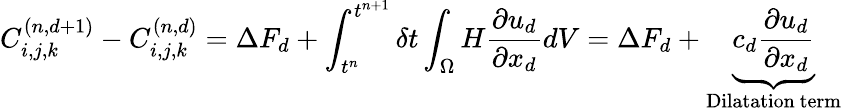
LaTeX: C_{i,j,k}^{(n,d+1)}-C_{i,j,k}^{(n,d)}=\Delta F_{d}+\int_{t^{n}}^{t^{n+1}}\delta t\int_{\Omega}H\frac{\partial u_{d}}{\partial x_{d}}dV=\Delta F_{d}+\underbrace{c_{d}\frac{\partial u_{d}}{\partial x_{d}}}_{\mathrm{Dilatation~term}}